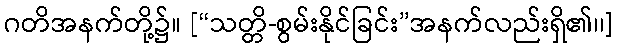
ဂတိအနက်တို့၌။ [“သတ္တိ-စွမ်းနိုင်ခြင်း”အနက်လည်းရှိ၏၊၊]